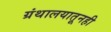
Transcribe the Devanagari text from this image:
ग्रंथालयातूनही